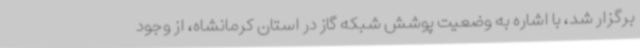
برگزار شد، با اشاره به وضعیت پوشش شبکه گاز در استان کرمانشاه، از وجود